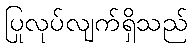
ပြုလုပ်လျက်ရှိသည်